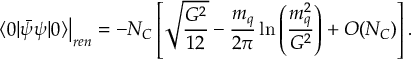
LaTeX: \left. \langle 0 | \bar { \psi } \psi | 0 \rangle \right| _ { r e n } = - N _ { C } \left[ \sqrt { \frac { G ^ { 2 } } { 1 2 } } - \frac { m _ { q } } { 2 \pi } \ln \left( \frac { m _ { q } ^ { 2 } } { G ^ { 2 } } \right) + { \cal O } ( N _ { C } ) \right] .